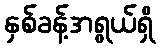
နှစ်ခန့်အရွယ်ရှိ